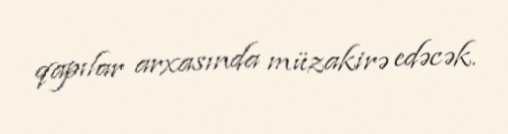
qapılar arxasında müzakirə edəcək.